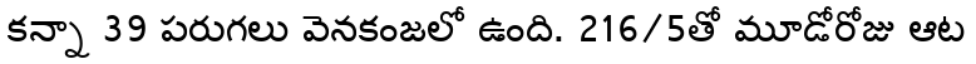
కన్నా 39 పరుగలు వెనకంజలో ఉంది. 216/5తో మూడోరోజు ఆట